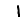
Digit: 1